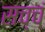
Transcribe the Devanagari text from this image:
सच्चं